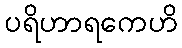
ပရိဟာရကေဟိ